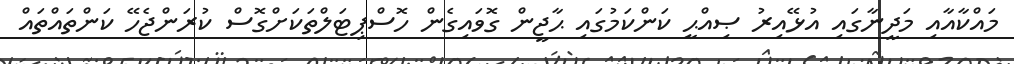
މައްކާއާއި މަދީނާގައި އުޅޭއިރު ޞިއްޙީ ކަންކަމުގައި ޙާޖީން ގޮވައިގެން ހޮސްޕިޓަލްތަކަށްގޮސް ކުރަންޖެހޭ ކަންތައްތައް